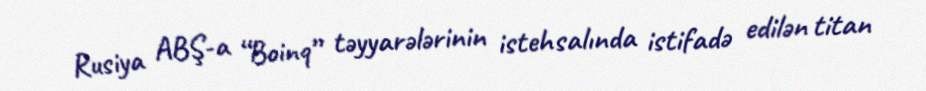
Rusiya ABŞ-a “Boinq” təyyarələrinin istehsalında istifadə edilən titan